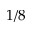
1 / 8